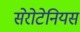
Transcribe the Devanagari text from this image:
सेरोटेनियस